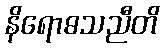
နိရောဓသညီတိ